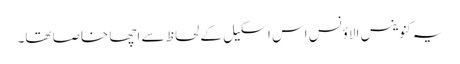
یہ کنوینس الاؤنس اس اسکیل کے لحاظ سے اچھا خاصا تھا۔